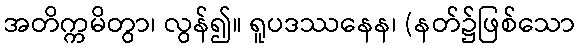
အတိက္ကမိတွာ၊ လွန်၍။ ရူပဒဿနေန၊ (နတ်၌ဖြစ်သော